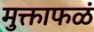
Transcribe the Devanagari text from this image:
मुक्ताफळं